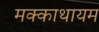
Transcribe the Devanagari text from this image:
मक्काथायम